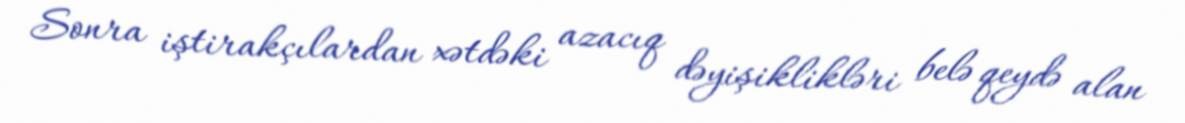
Sonra iştirakçılardan xətdəki azacıq dəyişiklikləri belə qeydə alan